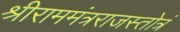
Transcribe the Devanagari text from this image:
श्रीराममंत्रराजस्तोत्रं